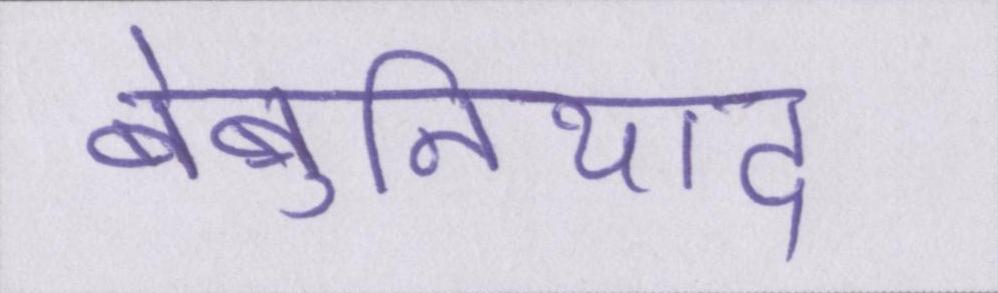
बेबुनियाद